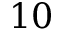
1 0